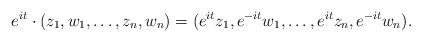
LaTeX: \begin{align*}e^{it}\cdot(z_1,w_1,\dots,z_n,w_n)=(e^{it}z_1,e^{-it}w_1,\dots,e^{it}z_n,e^{-it}w_n).\end{align*}